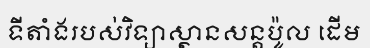
ទីតាំងរបស់វិទ្យាស្ថានសន្តប៉ូល ដើម